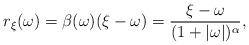
LaTeX: \begin{align*}r_{\xi}(\omega) = \beta(\omega)(\xi - \omega) = \frac{\xi - \omega}{(1 + |\omega |)^{\alpha}},\end{align*}